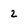
Character: 2